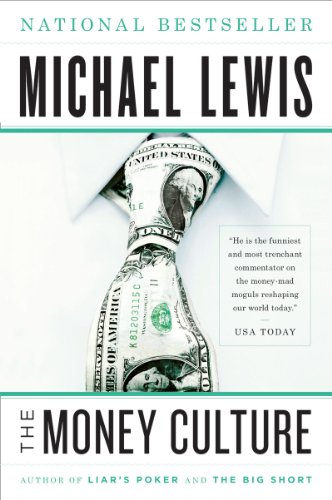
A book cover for The Money Culture; Michael Lewis; Humor & Entertainment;